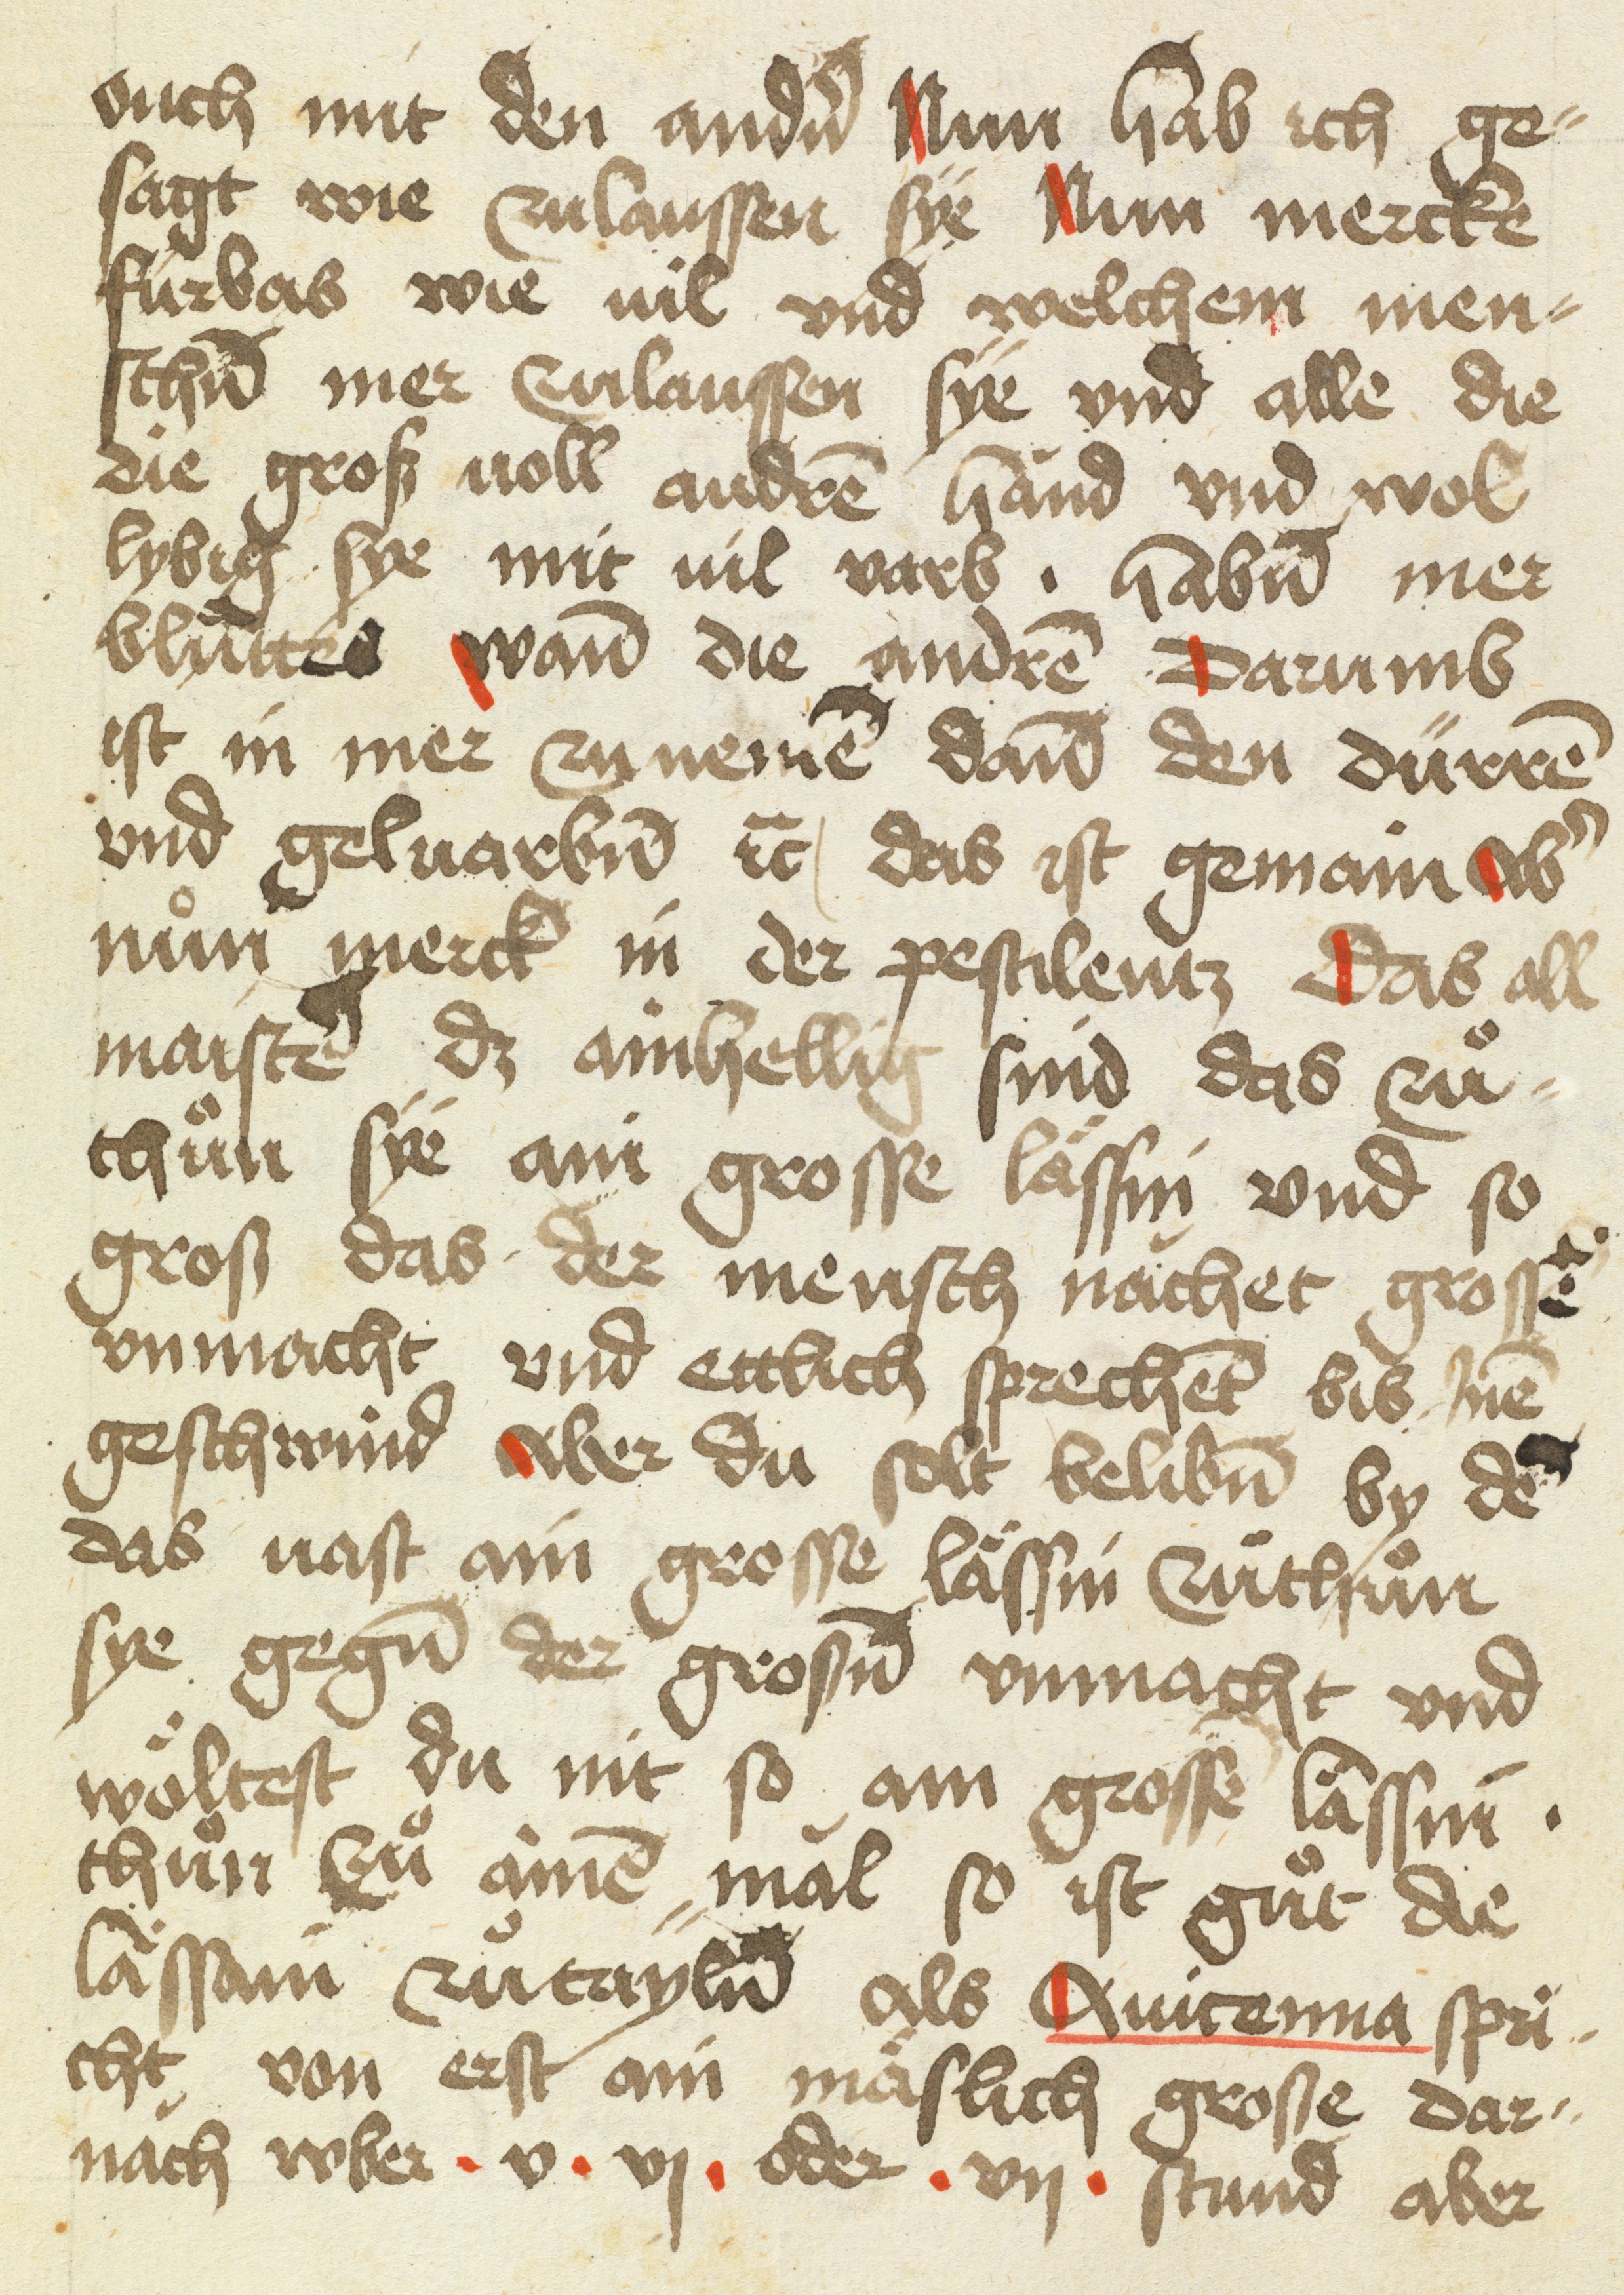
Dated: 1475–1499